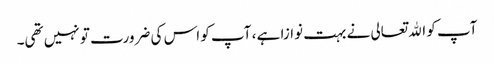
آپ کو اﷲتعالی نے بہت نوازا ہے ، آپ کو اس کی ضرورت تو نہیں تھی۔